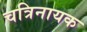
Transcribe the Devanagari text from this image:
चत्रिनायक